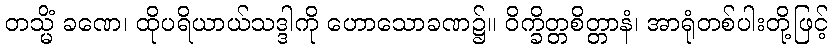
တသ္မိံ ခဏေ၊ ထိုပရိယာယ်သဒ္ဒါကို ဟောသောခဏ၌။ ဝိက္ခိတ္တစိတ္တာနံ၊ အာရုံတစ်ပါးတို့ဖြင့်